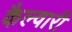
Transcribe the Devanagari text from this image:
कैल्वारी